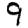
Digit: 9